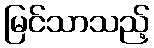
မြင်သာသည့်